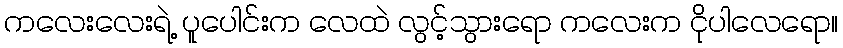
ကလေးလေးရဲ့ ပူပေါင်းက လေထဲ လွင့်သွားရော ကလေးက ငိုပါလေရော။